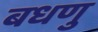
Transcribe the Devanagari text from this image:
बधणु